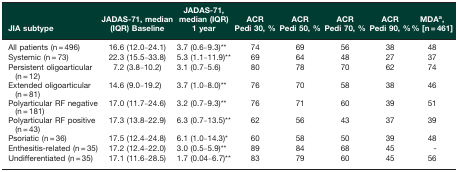
<table><thead><tr><td><b>JIA subtype</b></td><td><b>JADAS-71, median (IQR) Baseline</b></td><td><b>JADAS-71, median (IQR) 1 year</b></td><td><b>ACR Pedi 30, %</b></td><td><b>ACR Pedi 50, %</b></td><td><b>ACR Pedi 70, %</b></td><td><b>ACR Pedi 90, %</b></td><td><b>MDA<sup>a</sup>, % [n = 461]</b></td></tr></thead><tbody><tr><td>All patients (n = 496)</td><td>16.6 (12.0–24.1)</td><td>3.7 (0.6–9.3)**</td><td>74</td><td>69</td><td>56</td><td>38</td><td>48</td></tr><tr><td>Systemic (n = 73)</td><td>22.3 (15.5–33.8)</td><td>5.3 (1.1–11.9)**</td><td>69</td><td>64</td><td>48</td><td>27</td><td>37</td></tr><tr><td>Persistent oligoarticular (n = 12)</td><td>7.2 (3.8–10.2)</td><td>3.1 (0.7–5.6)</td><td>80</td><td>78</td><td>70</td><td>62</td><td>74</td></tr><tr><td>Extended oligoarticular (n = 81)</td><td>14.6 (9.0–19.2)</td><td>3.7 (1.0–8.0)**</td><td>76</td><td>70</td><td>58</td><td>38</td><td>46</td></tr><tr><td>Polyarticular RF negative (n = 181)</td><td>17.0 (11.7–24.6)</td><td>3.2 (0.7–9.3)**</td><td>76</td><td>71</td><td>60</td><td>39</td><td>51</td></tr><tr><td>Polyarticular RF positive (n = 43)</td><td>17.3 (13.8–22.9)</td><td>6.3 (0.7–13.5)**</td><td>62</td><td>56</td><td>43</td><td>37</td><td>39</td></tr><tr><td>Psoriatic (n = 36)</td><td>17.5 (12.4–24.8)</td><td>6.1 (1.0–14.3)*</td><td>60</td><td>58</td><td>50</td><td>39</td><td>48</td></tr><tr><td>Enthesitis-related (n = 35)</td><td>17.2 (12.4–22.0)</td><td>3.0 (0.5–5.9)**</td><td>89</td><td>84</td><td>68</td><td>45</td><td>-</td></tr><tr><td>Undifferentiated (n = 35)</td><td>17.1 (11.6–28.5)</td><td>1.7 (0.04–6.7)**</td><td>83</td><td>79</td><td>60</td><td>45</td><td>56</td></tr></tbody></table>